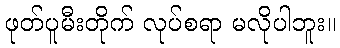
ဖုတ်ပူမီးတိုက် လုပ်စရာ မလိုပါဘူး။